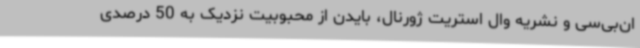
ان‌بی‌سی و نشریه وال استریت ژورنال، بایدن از محبوبیت نزدیک به 50 درصدی